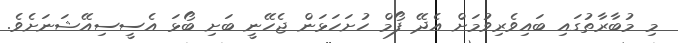
މި މުބާރާތުގައި ބައިވެރިވުމަށް އެދޭ ފޯމް ހުށަހަޅަން ޖެހޭނީ ބަށި ބޯޅަ އެސީސިއޭޝަނަށެވެ.